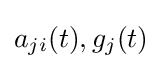
a_{ji}(t),g_{j}(t)